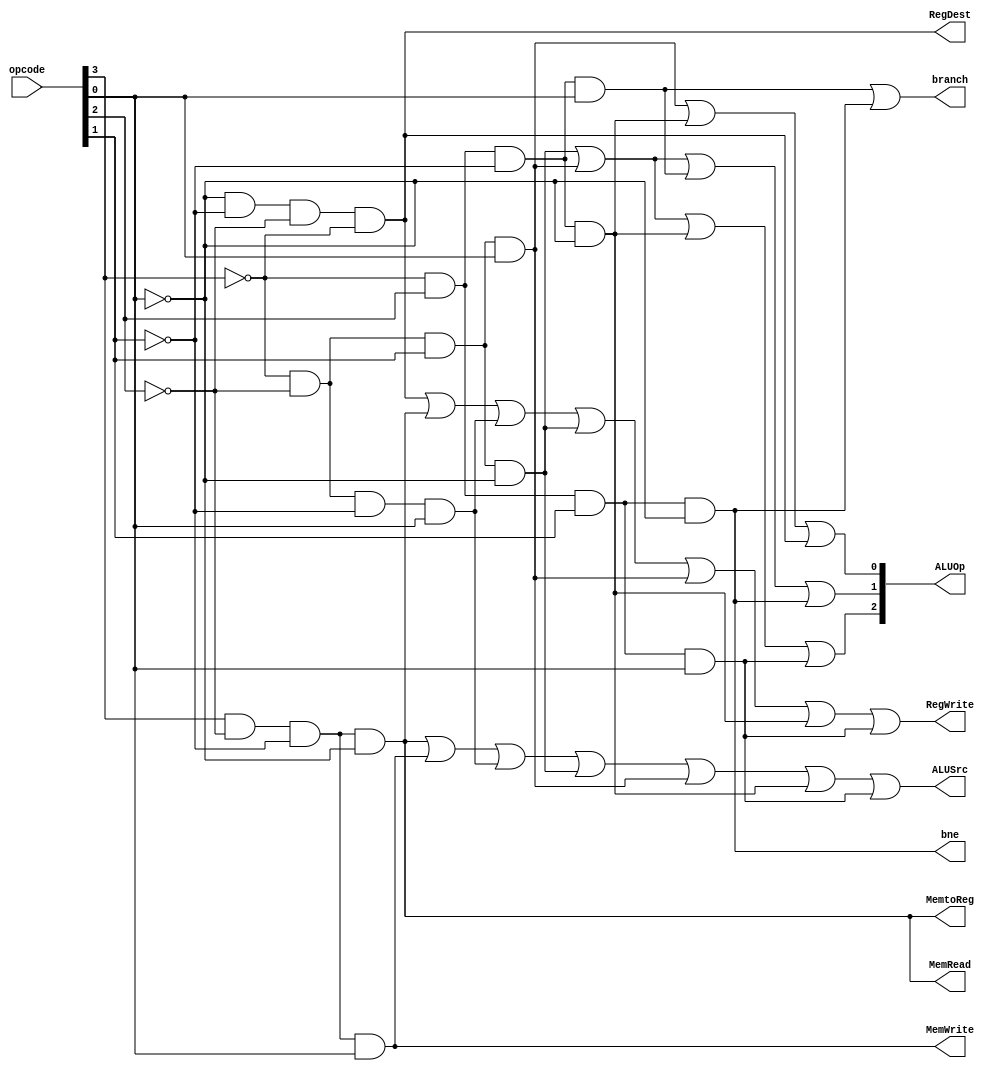
module control_unit(opcode,branch, MemRead, MemtoReg, MemWrite, ALUSrc, RegWrite, RegDest,ALUOp,bne);

	input [3:0] opcode;
	output branch, MemRead, MemtoReg, MemWrite, ALUSrc, RegWrite, RegDest;
	output [2:0] ALUOp;
	output bne;

wire R_type,lw,sw,beq,ori,addi,andi,nori,slti,add_Itype,src;
wire opnot0,opnot1,opnot2,opnot3;


not(opnot0,opcode[0]);
not(opnot1,opcode[1]); 
not(opnot2,opcode[2]);
not(opnot3,opcode[3]);

and(R_type,opnot0,opnot1,opnot2,opnot3);
and(lw,opcode[3],opnot2,opnot1,opnot0);
and(sw,opcode[3],opnot2,opnot1,opcode[0]);
and(beq,opnot3,opcode[2],opnot1,opcode[0]);
and(bne,opnot3,opcode[2],opcode[1],opnot0);

and(addi,opnot3,opnot2,opnot1,opcode[0]);
and(andi,opnot3,opnot2,opcode[1],opnot0);
and(ori,opnot3,opnot2,opcode[1],opcode[0]);
and(nori,opnot3,opcode[2],opnot1,opnot0);
and(slti,opnot3,opcode[2],opcode[1],opcode[0]);

//AluSrc
or(add_Itype,lw,sw,addi,andi);
or(RegWrite,R_type,lw,addi,andi,ori,nori,slti);
or(ALUSrc,add_Itype,ori,nori,slti);


//ALUOp
or(ALUOp[2],andi,ori,nori,slti);
or(ALUOp[1],andi,ori,beq,bne);
or(ALUOp[0],ori,nori,R_type);


assign RegDest = R_type;    // RegDst Signal
assign MemtoReg = lw;      // MemtoReg Signal
assign MemRead = lw;       // MemRead Signal
assign MemWrite = sw;      // MemWrite Signal
or(branch,beq,bne);
endmodule